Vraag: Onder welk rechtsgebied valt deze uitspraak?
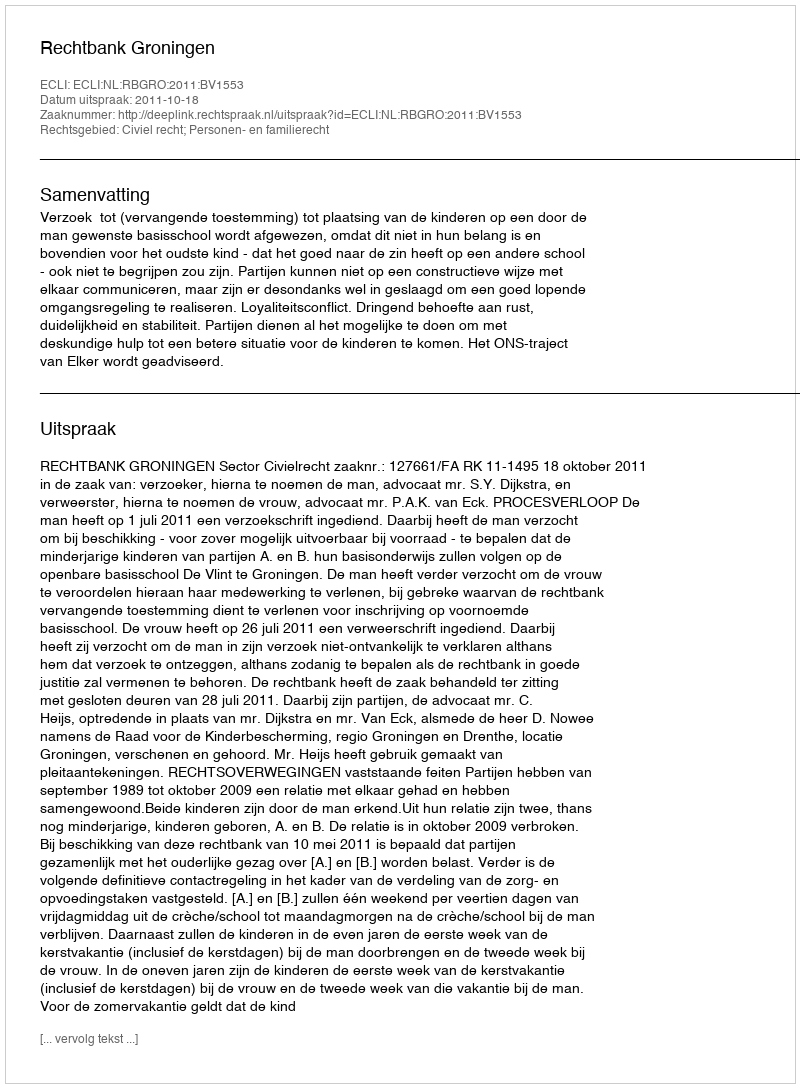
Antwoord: Civiel recht; Personen- en familierecht